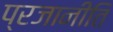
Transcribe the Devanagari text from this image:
प्रजानीति